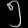
Digit: ၅